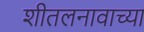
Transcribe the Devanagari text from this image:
शीतलनावाच्या